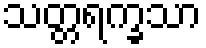
သတ္တရက္ခသာ